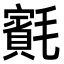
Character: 𣰨